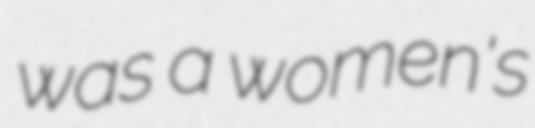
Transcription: was a women's